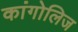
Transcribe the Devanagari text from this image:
कांगोलिज